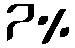
7%